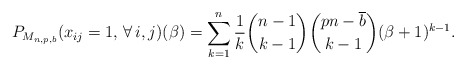
\begin{gather*}P_{M_{n,p,b}}(x_{ij}=1, \, \forall\, i,j)(\beta) = \sum_{k=1}^{n} {\frac{1}{k}}{\binom{n-1}{k-1}}{\binom{p n -\overline{b}}{k-1}} (\beta +1)^{k-1}.\end{gather*}